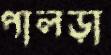
পালড়া